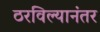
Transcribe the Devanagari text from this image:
ठरविल्यानंतर